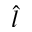
\hat { l }